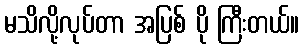
မသိလို့လုပ်တာ အပြစ် ပို ကြီးတယ်။